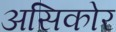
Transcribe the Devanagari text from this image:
असिकोर